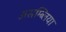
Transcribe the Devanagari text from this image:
असम्ब्लिया